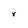
Character: r